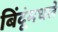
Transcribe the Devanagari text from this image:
बिंदूंमधले